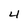
Character: 4